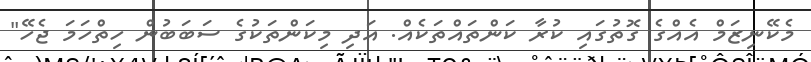
މެކޭނިޒަމް އެއްގެ ގޮތުގައި ކުރާ ކަންތައްތަކެއް. އަދި މިކަންތަކުގެ ސަބަބުން ހިތްހަމަ ޖެހޭ"